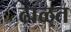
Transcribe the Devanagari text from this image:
ढाळत